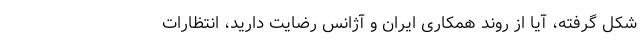
شکل گرفته، آیا از روند همکاری ایران و آژانس رضایت دارید، انتظارات